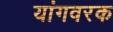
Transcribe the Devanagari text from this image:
यांगवरक